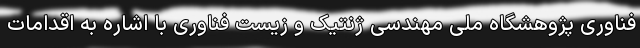
فناوری پژوهشگاه ملی مهندسی ژنتیک و زیست فناوری با اشاره به اقدامات